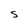
Character: S